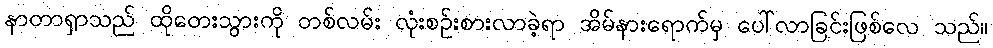
နာတာရှာသည် ထိုတေးသွားကို တစ်လမ်း လုံးစဉ်းစားလာခဲ့ရာ အိမ်နားရောက်မှ ပေါ်လာခြင်းဖြစ်လေ သည်။